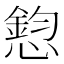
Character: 憌